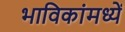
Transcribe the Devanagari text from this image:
भाविकांमध्यें